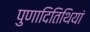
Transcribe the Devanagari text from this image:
पुणादितिथियां